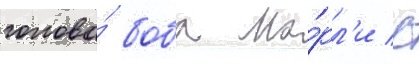
голова́ боба ма́рл'и с